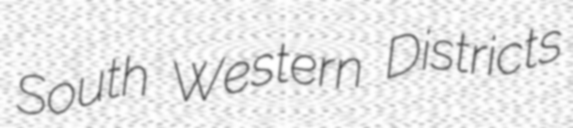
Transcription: South Western Districts